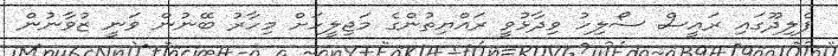
ފެލިދޫގައި ރައީސް ސޯލިހު ވިދާޅުވީ ރައްޔިތުންގެ މަޖިލީހަށް މިހާރު ބޭނުން ވަނީ ޒުވާނުން